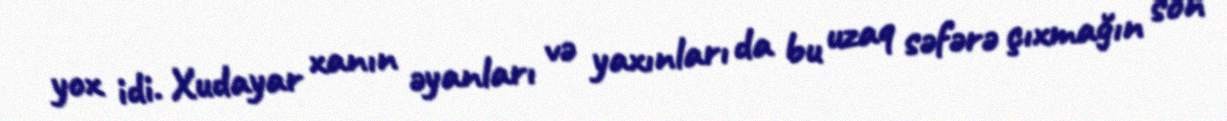
yox idi. Xudayar xanın əyanları və yaxınları da bu uzaq səfərə çıxmağın son